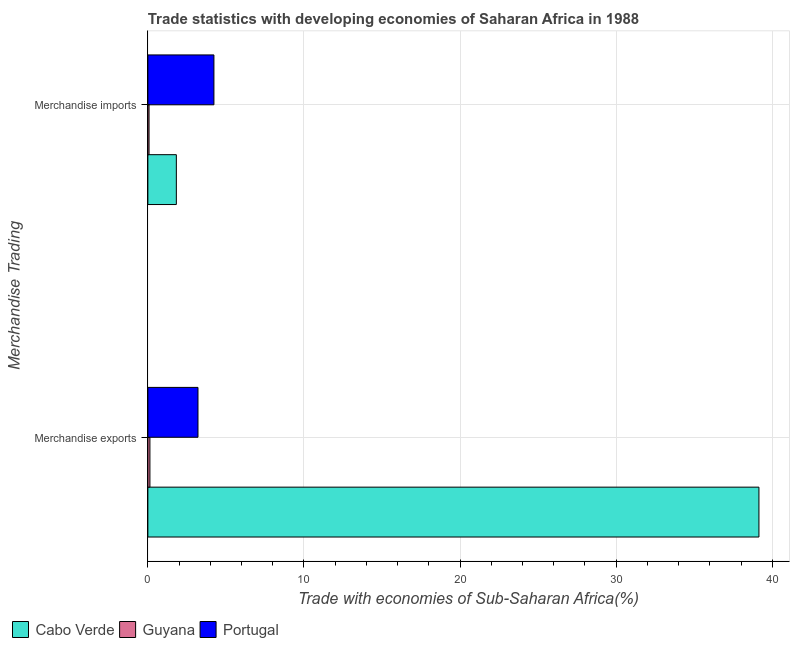
| Merchandise Trading | Cabo Verde | Guyana | Portugal |
 | --- | --- | --- | --- |
 | Merchandise exports | 39.1 | 0.132 | 3.21 |
 | Merchandise imports | 1.82 | 0.0756 | 4.23 |